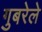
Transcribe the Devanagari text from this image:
गुबरेले